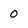
Character: 0